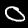
Digit: 0